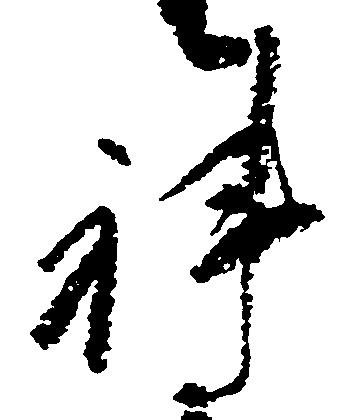
科